Rapla_vallavalitsus, lk 23
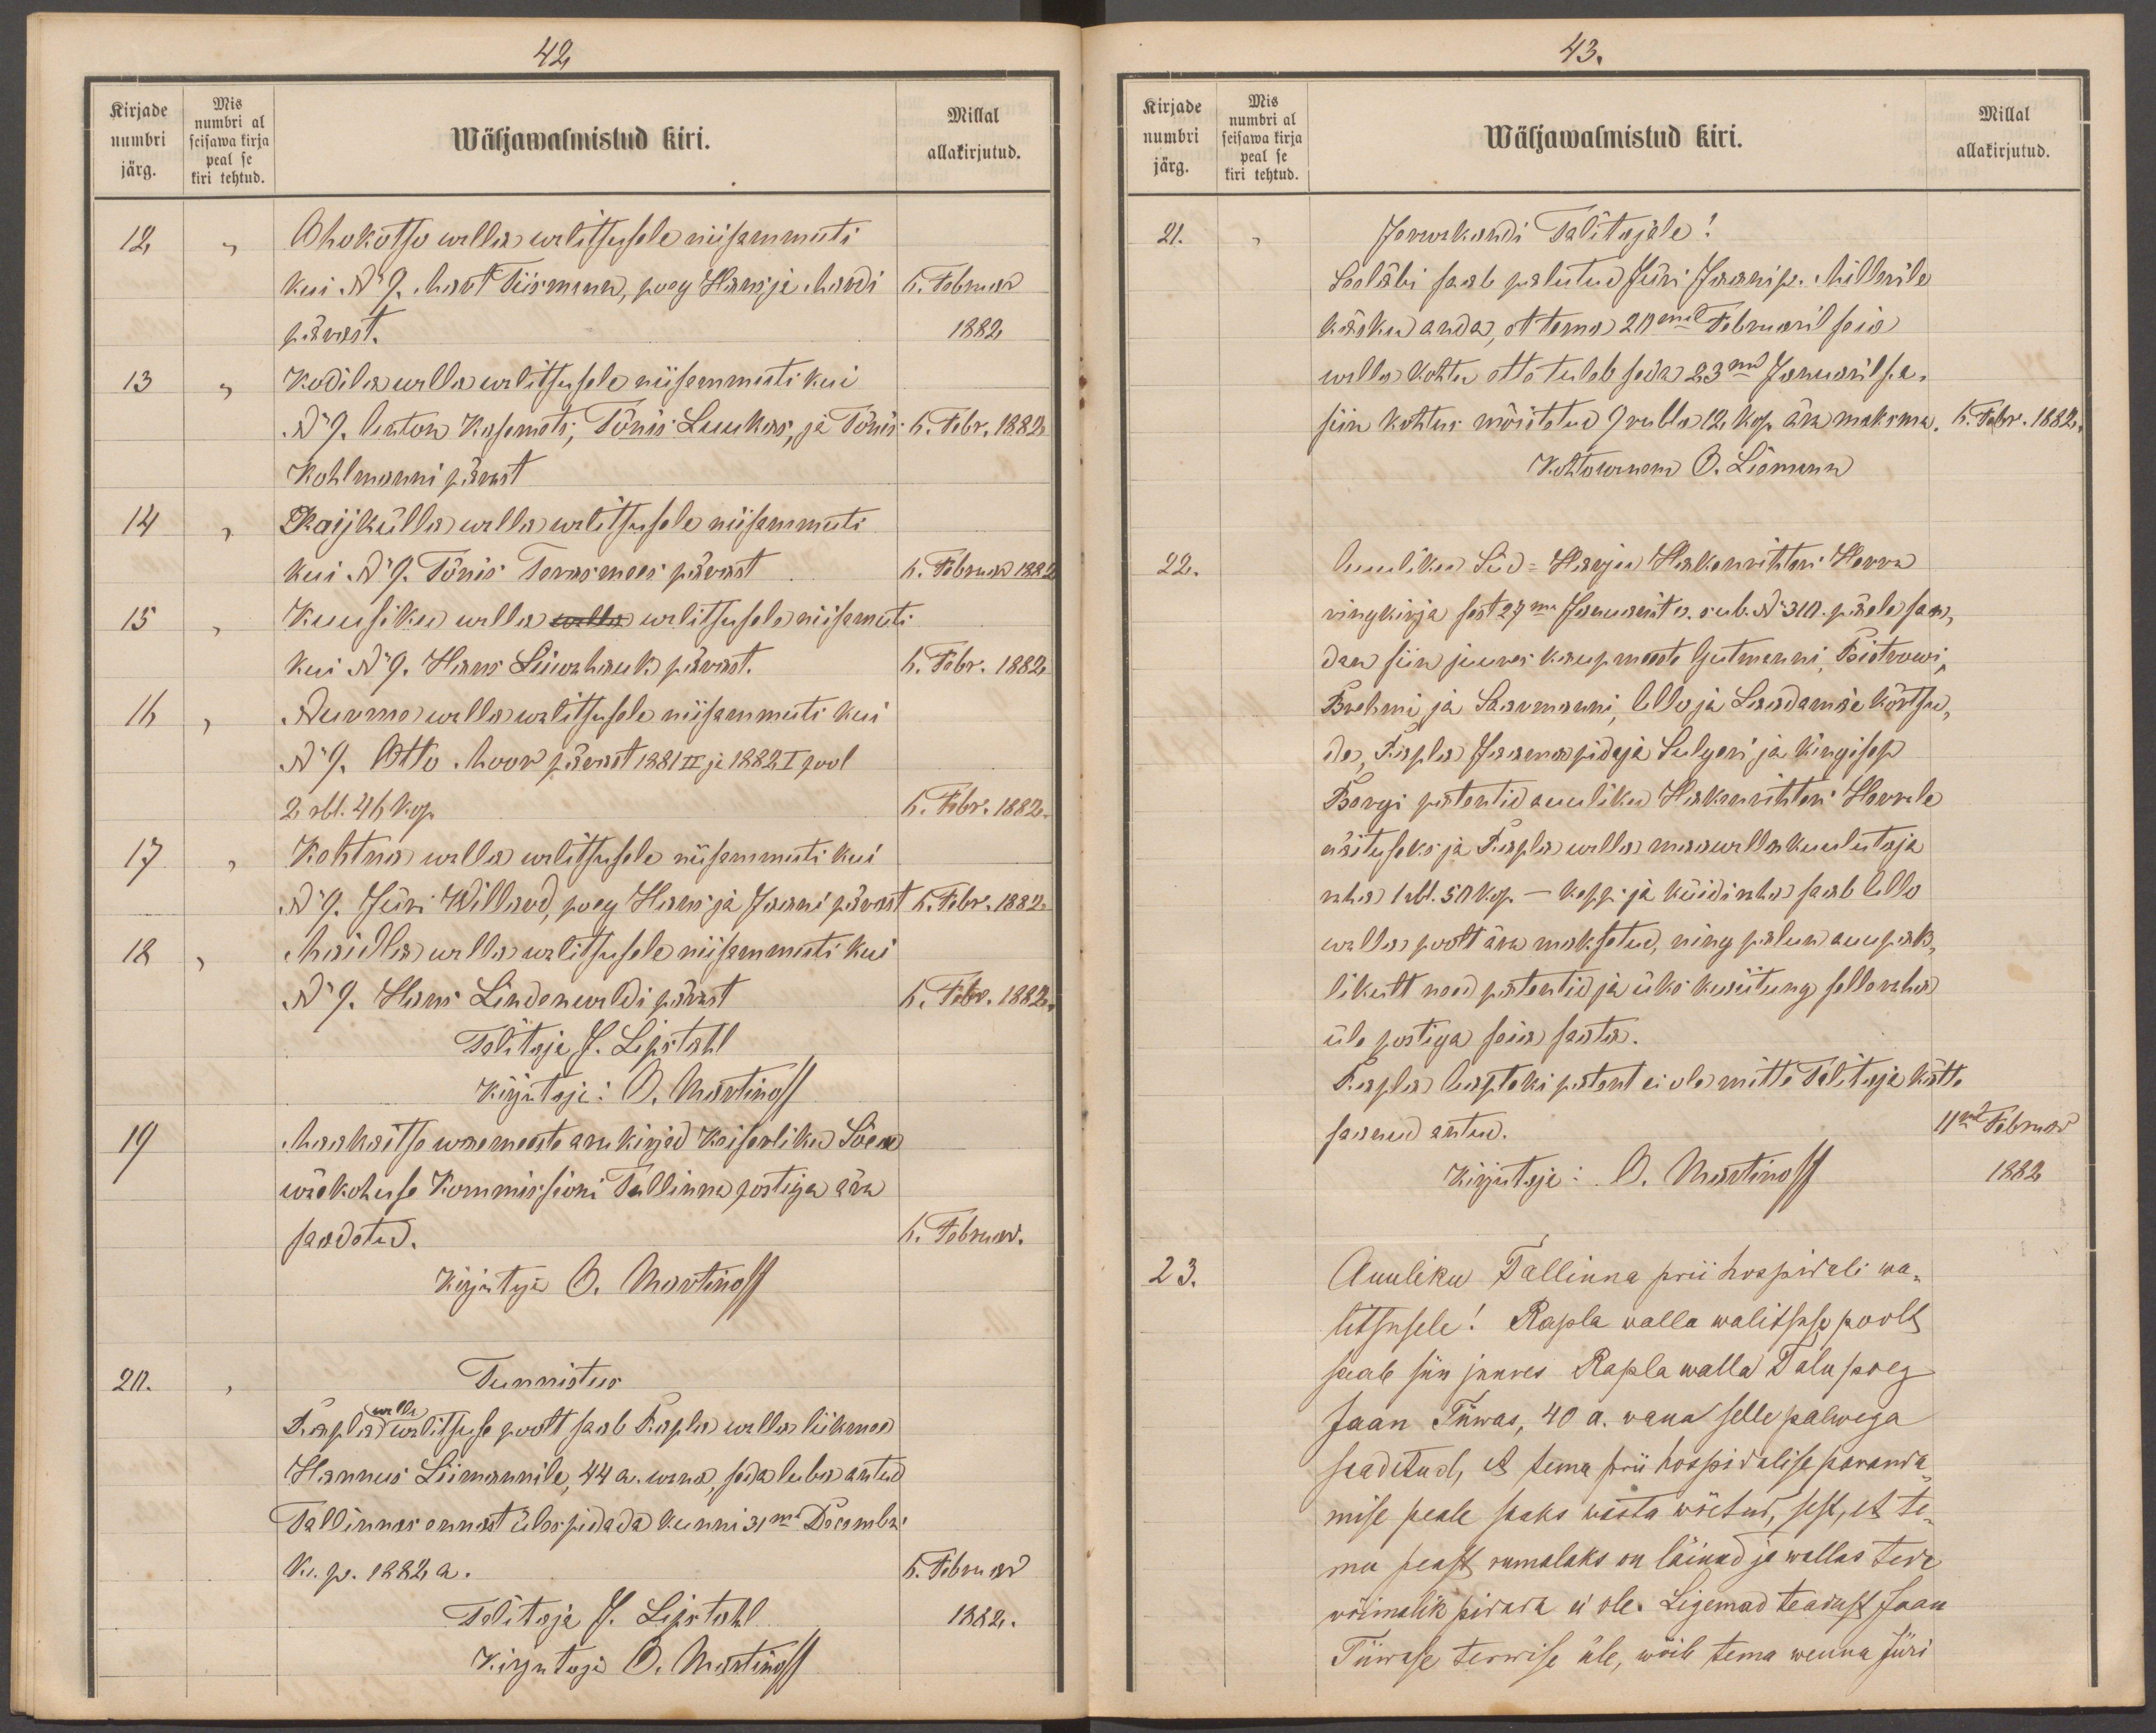
42
Kirjade
Mis
numbri al
Millal
numbri
Wäljawalmistud kiri.
seisawa kirja
allakirjutud.
peal se
järg.
kiri tehtud.
12.
Ohukotsu walla walitsusele niisammuti
kui No 9. Mart Tiismann, poeg Hans ja Mardi
6. Februar
pärast.
1882
13
Kodila walla walitsusele niisammuti kui
No 9. Anton Kasemets, Tõnis Luukas, ja Tõnis
6. Febr. 1882
Kohlmanni pärast
14
Raijkülla walla walitsusele niisamuti
kui No 9 Tõnis Terasmees pärast
6. Februar 1882
15
Kuusiku walla walitsusele niisammuti
kui No 9. Hans Liiwahauk pärast.
6. Febr. 1882.
16
Nurme walla walitsusele niisammuti kui
No 9. Otto. Moor pärast 1881 II ja 1882 I pool
2 rbl. 46 kop.
1. Febr. 1882.
17.
Kehtna walla walitsusele niisammuti kui
No 9. Jüri Williard, poeg Hans ja Jaani pärast
6. Febr. 1882.
18
Maidla walla walitsusele niisammuti kui
No 9. Hans Lindenwaldi pärast
6. Febr. 1882.
Talitaja J. Lipstahl
Kirjutaja: A. Martinoff
19
Maakaitse wäemeeste arukirjad Keiserliku Sõea
wäekohuse Kommissioni Tallinna postiga ära
saadetud.
6. Februar.
Kirjutaja O. Martinoff
20.
Tunnistus
Rapla walla walitsuse poolt saab Rapla walla liikmed
Hannus Liimannile, 44 a. wana, seda luba antud
Tallinnas ennast üles pidada kunni 31ma Decembri
k. p. 1882 a.
6. Februar
Tolitaja J. Lipstahl
1882.
Kirjutaja O. Martinoff

43.
Kirjade
Mis
Millal
numbri
numbri al
Wäljawalmistud kiri.
seisawa kirja
peal se
järg.
allakirjutud.
kiri tehtud
21.
Jervakandi Talitajale!
Seeläbi saab palutud Jüri Jaani p. Millerile
käsku anda, et tema 20mal Februaril seie
walla kohtu ette tuleb seda 23mal Januaril s.a
siin kohtus mõistetud 9 rubla 12 kop. ära maksma
6. Febr. 1882.
Kohtowanem B. Liemann
22.
Auuliku Süd-Harju Hakenrihteri Herra
ringkirja sest 27ma Januarist n. sub. No 310. päele saa,
dan siin juures kaupmeeste Gutmanni, Bistrowi,
Brehmi ja Saarmanni, Allo ja Laadamäe kõrtsu,
de, Rapla Jaamapidaja Sulgeri ja Kingisep
Borgi patentid auuliku Hakenrihteri Herrale
näituseks ja Rapla walla maawalla kuulutaja
raha 1 rbl. 50 kop. - keppi ja küidiraha saab Allo
walla poolt ära maksetud, ning palun auupak-
likult need patentid ja üks kwiitung selle raha
üle postiga seia saata.
Rapla Aapteki patent ei ole mitte Talitaja kätte
saanud antud.
11mal Februar
Kirjutaja: A. Martinoff
1882
23.
Auuliku Tallinna prii hospidali wa-
litsusele! Rapla walla walitsuse poolt
saab siin juures Rapla walla Talu poeg
Jaan Tiiwas, 40 a. wana selle palwega
saadetud, et tema prii hospidalise paranda
mise peale saaks wasta wõetud, sest, et te-
ma peast rumalaks on läinud ja wallas teda
wõimalik pidada ei ole. Ligemad teadust Jaan
Tiiwase terwise üle, wõib tema wenna Jüri